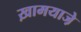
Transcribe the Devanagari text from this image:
ख़ामयाजे़